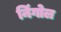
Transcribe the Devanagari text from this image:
निंगोल